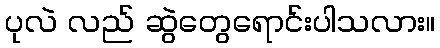
ပုလဲ လည် ဆွဲတွေရောင်းပါသလား။